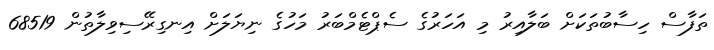
ތަފާސް ހިސާބުތަކަށް ބަލާއިރު މި އަހަރުގެ ސެޕްޓެމްބަރު މަހުގެ ނިޔަލަށް އިނގިރޭސިވިލާތުން 68519